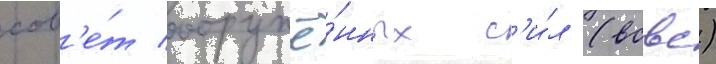
сов'е́т вооружё́нных с'и́л (всвс)